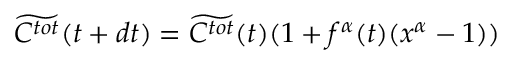
\widetilde { C ^ { t o t } } ( t + d t ) = \widetilde { C ^ { t o t } } ( t ) ( 1 + f ^ { \alpha } ( t ) ( x ^ { \alpha } - 1 ) )